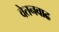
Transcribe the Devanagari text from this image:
वेतनवाढ